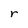
Character: r